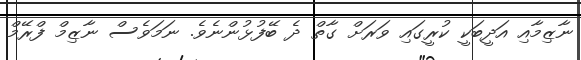
ނާޒިމާއި އަދީބަކީ ކުރީގައި ވަރަށް ގާތް ދެ ބޭފުޅުންނެވެ. ނަމަވެސް ނާޒިމް ފްރޭމް